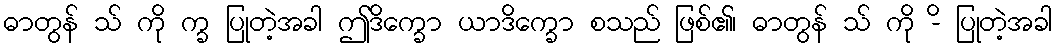
ဓာတွန် သ် ကို က္ခ ပြုတဲ့အခါ ဤဒိက္ခော ယာဒိက္ခော စသည် ဖြစ်၏၊ ဓာတွန် သ် ကို -ိ ပြုတဲ့အခါ